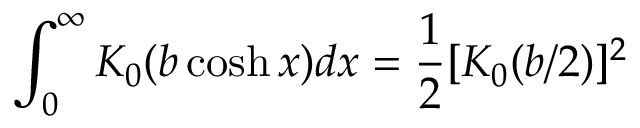
\int _ { 0 } ^ { \infty } K _ { 0 } ( b \cosh x ) d x = \frac { 1 } { 2 } [ K _ { 0 } ( b / 2 ) ] ^ { 2 }